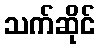
သက်ဆိုင်